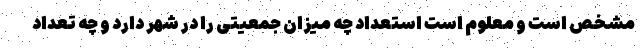
مشخص است و معلوم است استعداد چه میزان جمعیتی را در شهر دارد و چه تعداد